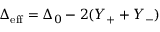
\Delta _ { \mathrm { e f f } } = \Delta _ { 0 } - 2 ( Y _ { + } + Y _ { - } )